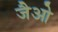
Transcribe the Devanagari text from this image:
जैओ